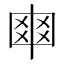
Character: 𠁴